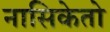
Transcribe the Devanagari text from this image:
नासिकेतो